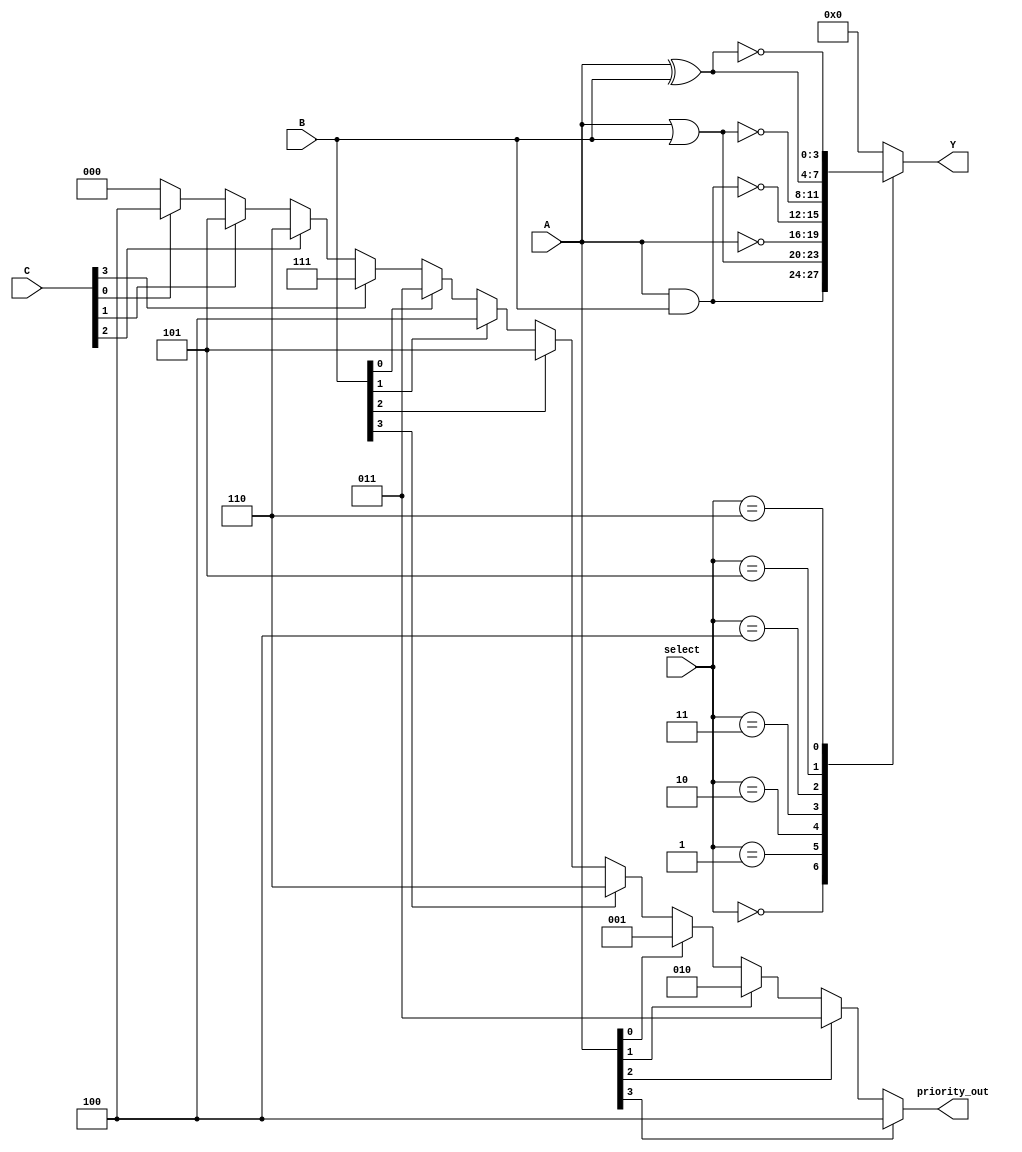
module combinational_logic(
    input wire [3:0] A,       // 4-bit input A
    input wire [3:0] B,       // 4-bit input B
    input wire [3:0] C,       // 4-bit input C
    input wire [2:0] select,   // Selection lines for logic operations
    output reg [3:0] Y,       // 4-bit output
    output reg [2:0] priority_out // Output for priority encoder
);

// Logic Operation Selection
parameter AND_OP = 3'b000;
parameter OR_OP = 3'b001;
parameter NOT_OP = 3'b010;
parameter NAND_OP = 3'b011;
parameter NOR_OP = 3'b100;
parameter XOR_OP = 3'b101;
parameter XNOR_OP = 3'b110;

// Combinational Logic Block
always @(*) begin
    case(select)
        AND_OP: Y = A & B;
        OR_OP: Y = A | B;
        NOT_OP: Y = ~A; // Assuming single input for NOT
        NAND_OP: Y = ~(A & B);
        NOR_OP: Y = ~(A | B);
        XOR_OP: Y = A ^ B;
        XNOR_OP: Y = ~(A ^ B);
        default: Y = 4'b0000; // Default case to avoid latches
    endcase
end

// Priority Encoder Logic
always @(*) begin
    // Initialize priority output
    priority_out = 3'b000;
    if (A[3]) priority_out = 3'b100; // Highest priority for A[3]
    else if (A[2]) priority_out = 3'b011;
    else if (A[1]) priority_out = 3'b010;
    else if (A[0]) priority_out = 3'b001;
    else if (B[3]) priority_out = 3'b110; // If A is zero, check B
    else if (B[2]) priority_out = 3'b101;
    else if (B[1]) priority_out = 3'b100;
    else if (B[0]) priority_out = 3'b011;
    else if (C[3]) priority_out = 3'b111; // If A and B are zero, check C
    else if (C[2]) priority_out = 3'b110;
    else if (C[1]) priority_out = 3'b101;
    else if (C[0]) priority_out = 3'b100;
end

endmodule